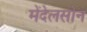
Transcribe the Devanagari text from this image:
मेंदेलसोन